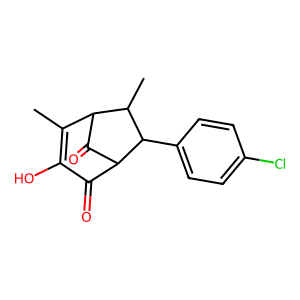
SMILES: CC1=C(O)C(=O)C2C(=O)C1C(C)C2c1ccc(Cl)cc1
Inhibits HIV replication: No